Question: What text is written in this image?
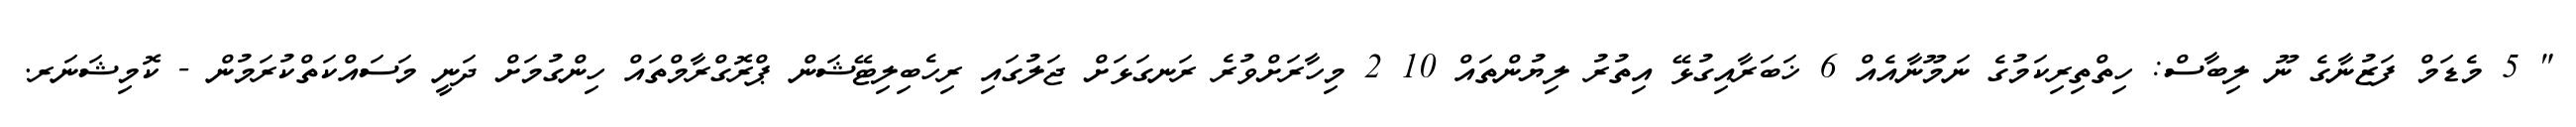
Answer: " 5 މެޑަމް ފަޒުނާގެ ނޫ ލިބާސް: ހިތްތިރިކަމުގެ ނަމޫނާއެއް 6 ޚަބަރާއިގުޅޭ އިތުރު ލިޔުންތައް 10 2 މިހާރަށްވުރެ ރަނގަޅަށް ޖަލުގައި ރިހެބިލިޓޭޝަން ޕްރޮގްރާމްތައް ހިންގުމަށް ދަނީ މަސައްކަތްކުރަމުން - ކޮމިޝަނަރ.